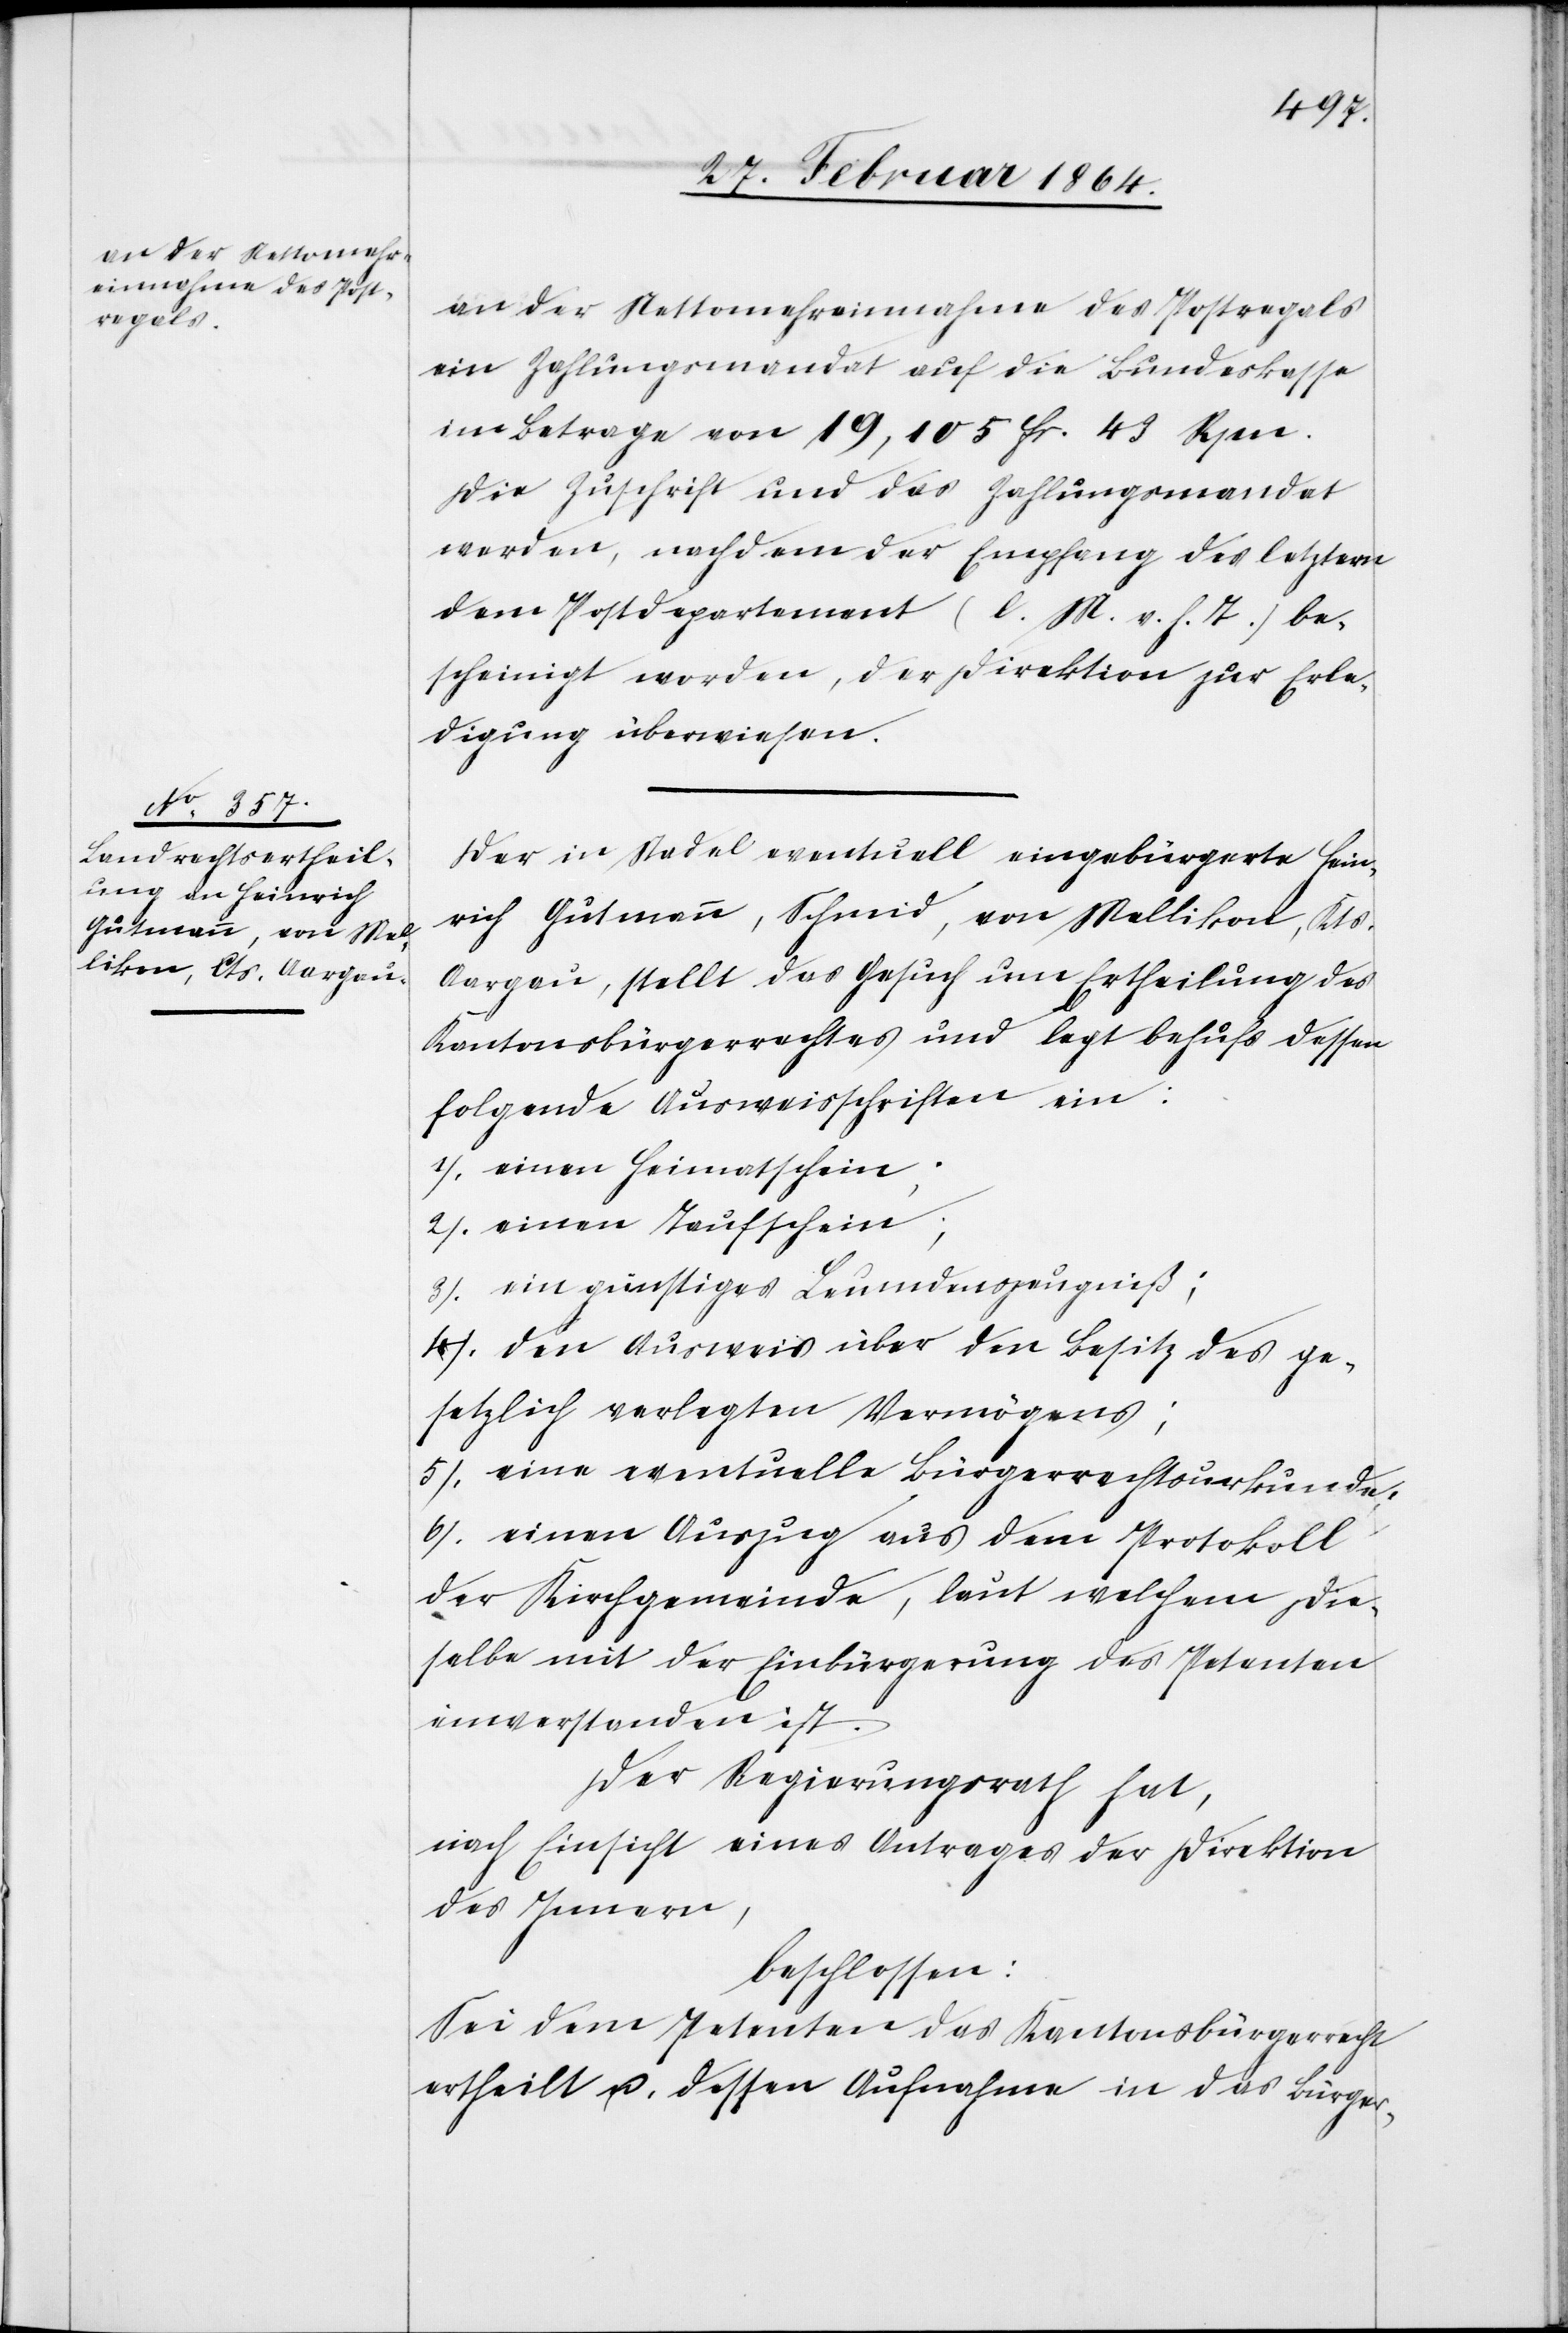
an der Nettomehreinnahme des Postregals
ein Zahlungsmandat auf die Bundeskasse
im Betrage von 19,105 fr. 43 Rpn.
Die Zuschrift und das Zahlungsmandat
werden, nachdem der Empfang des letztern
dem Postdepartement (l. M. v. h. T.) be¬
scheinigt worden, des Direktion zur Erle¬
digung überwiesen.
Der in Stadel eventuell eingebürgerte Hein¬
rich Gutmann, Schmid, von Mellikon, Kts.
Aargau, stellt das Gesuch um Ertheilung des
Kantonsbürgerrechtes und legt behufs dessen
folgende Ausweisschriften ein:
1.) einen Heimatschein;
2.) einen Taufschein;
3.) ein günstiges Leumundszeugniß;
4.) den Ausweis über den Besitz des ge¬
setzlich verlegten Vermögens;
5.) eine eventuelle Bürgerrechtsurkunde;
6.) einen Auszug aus dem Protokoll
der Kirchgemeinde, laut welchem die¬
selbe mit der Einbürgerung des Petenten
einverstanden ist.
Der Regierungsrath hat,
nach Einsicht eines Antrages der Direktion
des Innern,
beschlossen:
Sei dem Petenten das Kantonsbürgerrecht
ertheilt u. dessen Aufnahme in das Bürger-